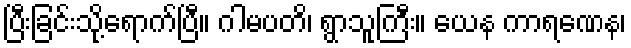
ပြီးခြင်းသို့ရောက်ပြီ။ ဂါမပတိ၊ ရွာသူကြီး။ ယေန ကာရဏေန၊